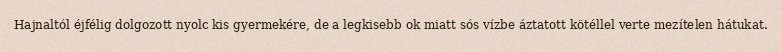
Hajnaltól éjfélig dolgozott nyolc kis gyermekére, de a legkisebb ok miatt sós vízbe áztatott kötéllel verte mezítelen hátukat.